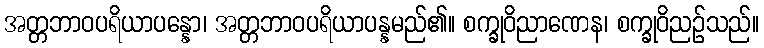
အတ္တဘာဝပရိယာပန္နော၊ အတ္တဘာဝပရိယာပန္နမည်၏။ စက္ခုဝိညာဏေန၊ စက္ခုဝိညဉ်သည်။